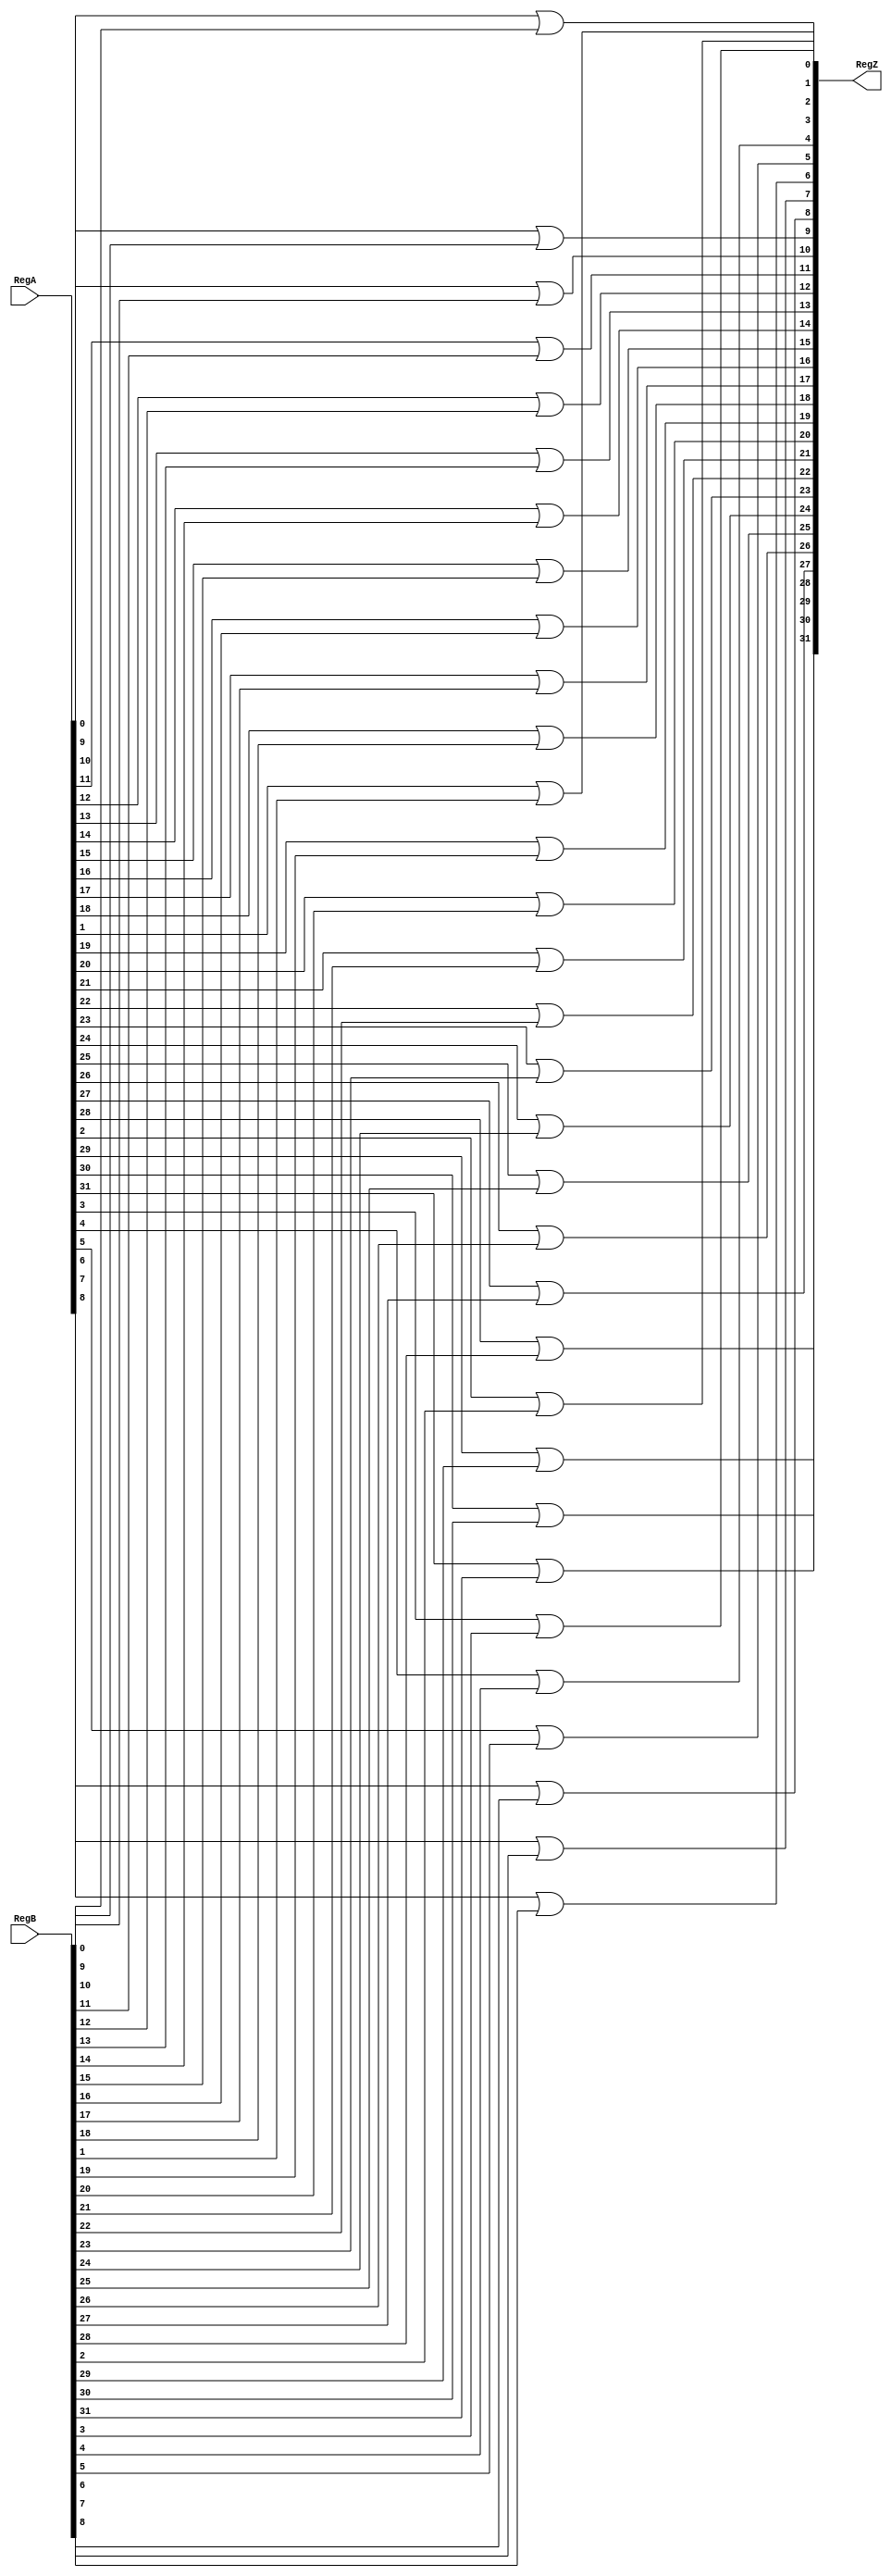
module or_32_bit(
	input wire [31:0] RegA,
	input wire [31:0] RegB,
	output wire [31:0] RegZ
	);
	
	genvar i;
	generate
		for (i=0; i<32; i=i+1) begin : loop
			assign RegZ[i] = ((RegA[i])|(RegB[i]));
		end
	endgenerate
endmodule